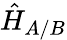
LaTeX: \hat{H}_{A/B}